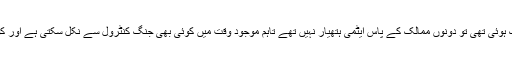
ماضی میں جب ہندوستان اور پاکستان کے درمیان جنگ ہوئی تھی تو دونوں ممالک کے پاس ایٹمی ہتھیار نہیں تھے تاہم موجود وقت میں کوئی بھی جنگ کنٹرول سے نکل سکتی ہے اور کوئی بھی فریق ایٹمی ہتھیاروں کا استعمال کر سکتا ہے۔